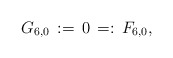
\begin{align*}G_{6,0}\,:=\,0\,=:\,F_{6,0},\end{align*}